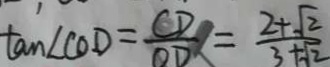
\tan \angle C O D = \frac { C D } { O D } = \frac { 2 + \sqrt { 2 } } { 3 + \sqrt { 2 } }